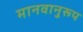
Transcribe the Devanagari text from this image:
मानवानुरूप